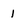
Character: 1